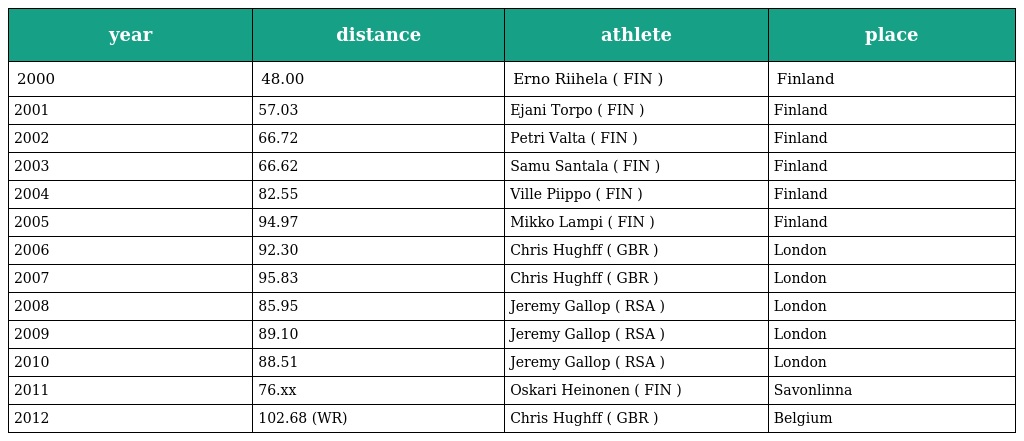
| year | distance | athlete | place |
 | --- | --- | --- | --- |
 | 2000 | 48.00 | Erno Riihela ( FIN ) | Finland |
 | 2001 | 57.03 | Ejani Torpo ( FIN ) | Finland |
 | 2002 | 66.72 | Petri Valta ( FIN ) | Finland |
 | 2003 | 66.62 | Samu Santala ( FIN ) | Finland |
 | 2004 | 82.55 | Ville Piippo ( FIN ) | Finland |
 | 2005 | 94.97 | Mikko Lampi ( FIN ) | Finland |
 | 2006 | 92.30 | Chris Hughff ( GBR ) | London |
 | 2007 | 95.83 | Chris Hughff ( GBR ) | London |
 | 2008 | 85.95 | Jeremy Gallop ( RSA ) | London |
 | 2009 | 89.10 | Jeremy Gallop ( RSA ) | London |
 | 2010 | 88.51 | Jeremy Gallop ( RSA ) | London |
 | 2011 | 76.xx | Oskari Heinonen ( FIN ) | Savonlinna |
 | 2012 | 102.68 (WR) | Chris Hughff ( GBR ) | Belgium |